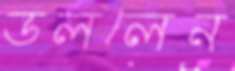
ডললেন